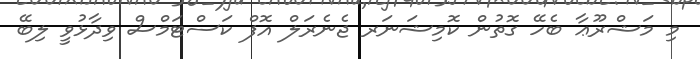
މި މަޝްރޫޢާ ބެހޭ ގޮތުން ކޮމިޝަނަރ ޖެނެރަލް އޮފް ކަސްޓަމްސް ވިދާޅުވީ ލިބޭ